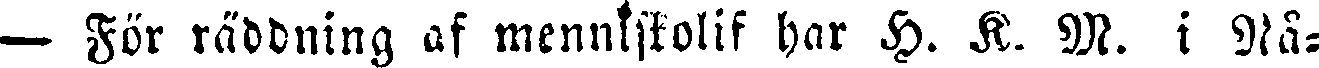
— För räddning af menniskolif har H. K. M. i Nå-